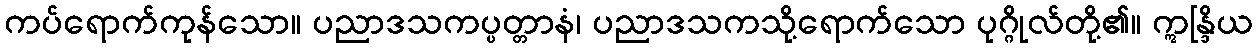
ကပ်ရောက်ကုန်သော။ ပညာဒသကပ္ပတ္တာနံ၊ ပညာဒသကသို့ရောက်သော ပုဂ္ဂိုလ်တို့၏။ ဣန္ဒြိယ